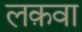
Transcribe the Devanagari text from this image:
लक़वा